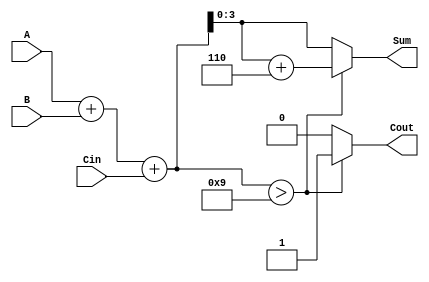
module BCD_Fast_Adder (
    input  [3:0] A,      // First BCD digit
    input  [3:0] B,      // Second BCD digit
    input        Cin,     // Carry-in
    output reg [3:0] Sum, // Resulting BCD digit (sum)
    output reg Cout       // Carry-out
);

    wire [4:0] binary_sum; // 5 bits to accommodate carry
    wire need_adjustment;   // Flag to check if adjustment is needed

    // Step 1: Binary Addition
    assign binary_sum = A + B + Cin;

    // Step 2: Check for BCD correction
    assign need_adjustment = (binary_sum > 9);

    // Step 3: BCD Adjustment
    always @(*) begin
        if (need_adjustment) begin
            Sum = binary_sum + 4'b0110; // Add 6 (0110 in binary)
            Cout = 1;                   // Set carry-out
        end else begin
            Sum = binary_sum[3:0];      // No adjustment needed
            Cout = 0;                   // No carry-out
        end
    end

endmodule